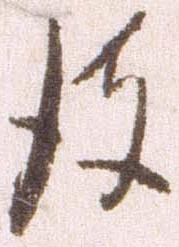
彼